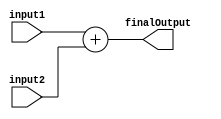
module Adder(	 
	
	input [32-1:0] input1, input2,
	output reg [32-1:0] finalOutput
	
	
	);
	
	assign finalOutput = input1 + input2;
	endmodule